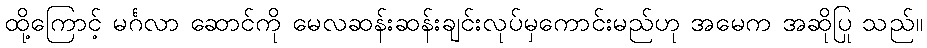
ထို့ကြောင့် မင်္ဂလာ ဆောင်ကို မေလဆန်းဆန်းချင်းလုပ်မှကောင်းမည်ဟု အမေက အဆိုပြု သည်။